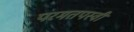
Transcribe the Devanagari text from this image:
परमतपस्वी